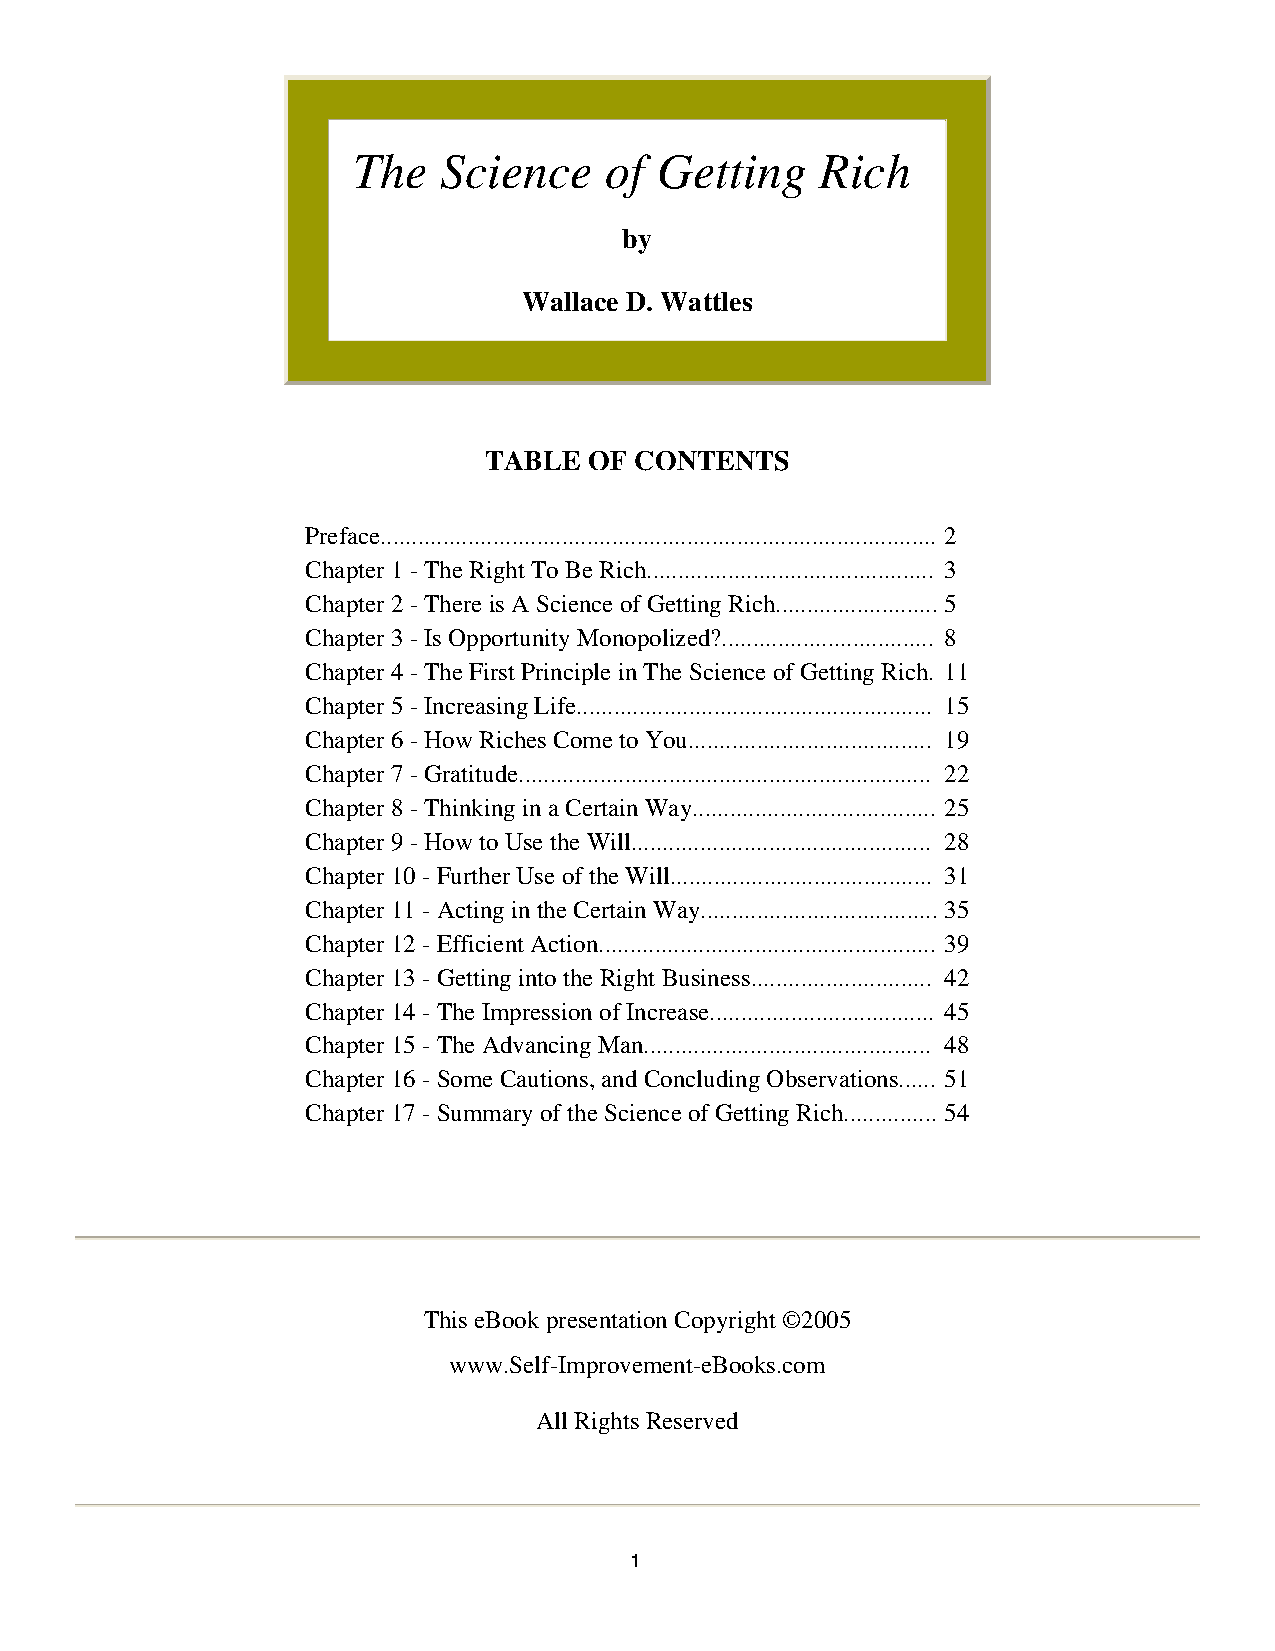
The   Science    of Getting    Rich
 by
 Wallace D. Wattles
 TABLE  OF CONTENTS
 Preface......................................................................................... 2
 Chapter 1 - The Right To Be Rich.............................................. 3
 Chapter 2 - There is A Science of Getting Rich.......................... 5
 Chapter 3 - Is Opportunity Monopolized?.................................. 8
 Chapter 4 - The First Principle in The Science of Getting Rich. 11
 Chapter 5 - Increasing Life......................................................... 15
 Chapter 6 - How Riches Come to You....................................... 19
 Chapter 7 - Gratitude.................................................................. 22
 Chapter 8 - Thinking in a Certain Way....................................... 25
 Chapter 9 - How to Use the Will................................................ 28
 Chapter 10 - Further Use of the Will.......................................... 31
 Chapter 11 - Acting in the Certain Way...................................... 35
 Chapter 12 - Efficient Action...................................................... 39
 Chapter 13 - Getting into the Right Business............................. 42
 Chapter 14 - The Impression of Increase.................................... 45
 Chapter 15 - The Advancing Man.............................................. 48
 Chapter 16 - Some Cautions, and Concluding Observations...... 51
 Chapter 17 - Summary of the Science of Getting Rich............... 54
 This eBook presentation Copyright ©2005
 www.Self-Improvement-eBooks.com
 All Rights Reserved
 11